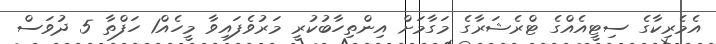
އެމެރިކާގެ ސިޓީއެއްގެ ޓްރެޝަރާގެ މަގާމަށް އިންތިހާބުކުރީ މަރުވެފައިވާ މީހެއް1 ހަފްތާ 5 ދުވަސް